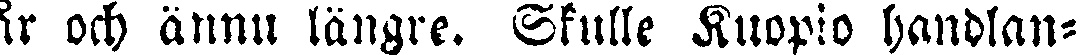
år och ännu längre. Skulle Kuopio handlan-